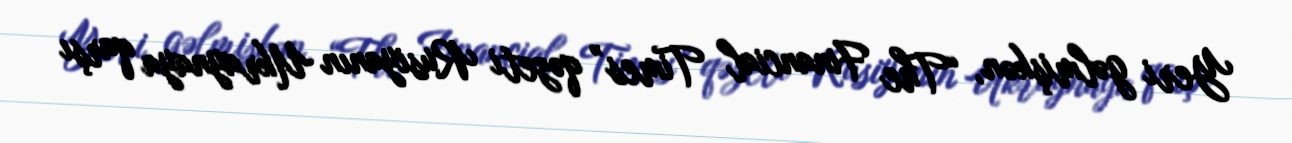
Yeri gəlmişkən, “The Financial Times” qəzeti Rusiyanın Ukraynaya qarşı